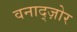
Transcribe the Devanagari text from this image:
वनाद्ज़ोर